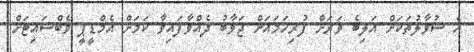
އެ ސުވާލުތަކަށް އަލިބެ ވަރަށް ފުރިހަމައަށް ޖަވާބު ދެއްވާފައިވާ ކަމަށް އެމްޑީޕީ ވެބްސައިޓަށް